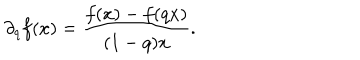
\partial _ { q } f ( x ) = \frac { f ( x ) - f ( q x ) } { ( 1 - q ) x } .